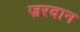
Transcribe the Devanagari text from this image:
ज़रदान